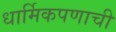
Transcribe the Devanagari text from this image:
धार्मिकपणाची